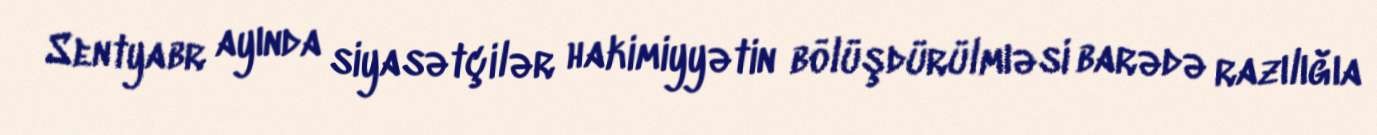
Sentyabr ayında siyasətçilər hakimiyyətin bölüşdürülmıəsi barədə razılığıa